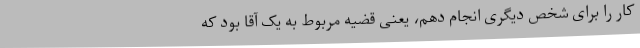
کار را برای شخص دیگری انجام دهم، یعنی قضیه مربوط به یک آقا بود که